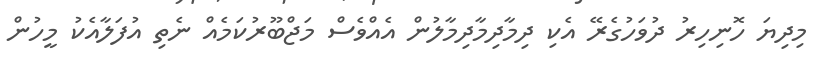
މިދިޔަ ހޮނިހިރު ދުވަހުގެރޭ އެކި ދިމާދިމާދިމާލުން އެއްވެސް މަޖްބޫރުކަމެއް ނެތި އުފަލާއެކު މީހުން